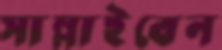
সাম্‌লাইবেন